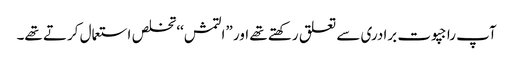
آپ راجپوت برادری سے تعلق رکھتے تھے اور ”التمش‘‘ تخلص استعمال کرتے تھے۔